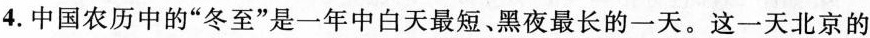
4.中国农历中的”冬至”是一年中白天最短、黑夜最长的一天。这一天北京的